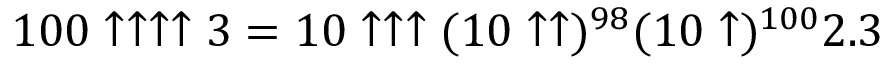
1 0 0 \uparrow \uparrow \uparrow \uparrow 3 = 1 0 \uparrow \uparrow \uparrow ( 1 0 \uparrow \uparrow ) ^ { 9 8 } ( 1 0 \uparrow ) ^ { 1 0 0 } 2 . 3